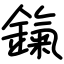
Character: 鎎